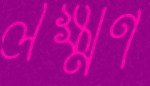
লক্ষ্মণ